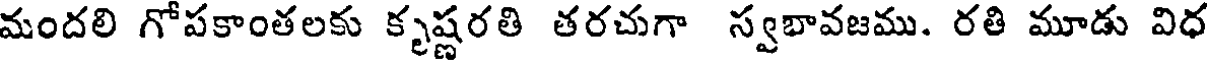
మందలి గోపకాంతలకు కృష్ణరతి తరచుగా స్వభావజము. రతి మూడు విధ